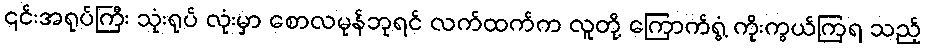
၎င်းအရုပ်ကြီး သုံးရုပ် လုံးမှာ စောလမုန်ဘုရင် လက်ထက်က လူတို့ ကြောက်ရွံ့ ကိုးကွယ်ကြရ သည့်